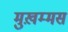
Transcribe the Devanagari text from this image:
मुख़म्मस